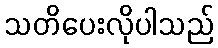
သတိပေးလိုပါသည်